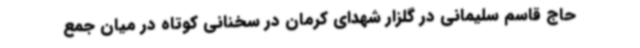
حاج قاسم سلیمانی در گلزار شهدای کرمان در سخنانی کوتاه در میان جمع